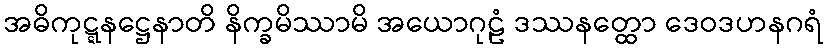
အဓိကုဋ္ဋနဋ္ဌေနာတိ နိက္ခမိဿာမိ အယောဂုဠံ ဒဿနတ္ထော ဒေဝဒဟနဂရံ